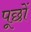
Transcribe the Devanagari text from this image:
पूछों